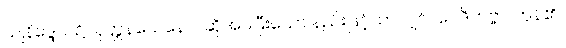
ယျနိဒ္ဒေသ၌။ ဝုတ္တနယေနေဝ၊ ဆိုအပ်ပြီးသော နည်းဖြင့်သာလျှင်။ ဝေဒိတဗ္ဗာ၊ ကုန်၏။